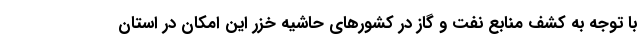
با توجه به کشف منابع نفت و گاز در کشورهای حاشیه خزر این امکان در استان